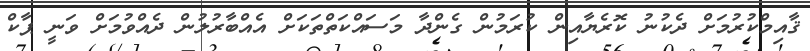
ޤާއިމްކުރުމަށް ދެކުނު ކޮރެޔާއިން ކުރަމުން ގެންދާ މަސައްކަތްތަކަށް އެއްބާރުލުން ދެއްވުމަށް ވަނީ ޕާކް